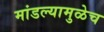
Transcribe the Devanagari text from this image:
मांडल्यामुळेच